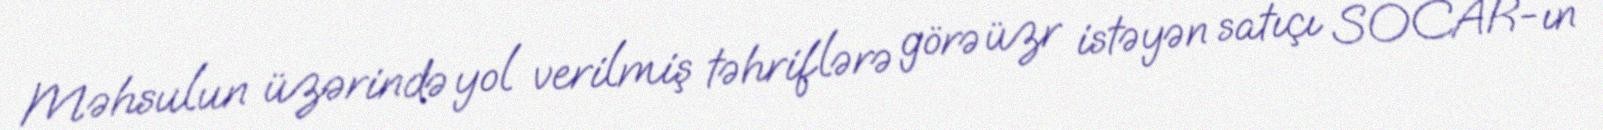
Məhsulun üzərində yol verilmiş təhriflərə görə üzr istəyən satıçı SOCAR-ın